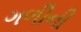
ગળીની